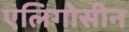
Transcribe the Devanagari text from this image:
एलिगोसीन